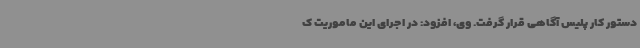
دستور کار پلیس آگاهی قرار گرفت. وی، افزود: در اجرای این ماموریت ک